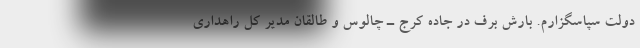
دولت سپاسگزارم. بارش برف در جاده کرج ـ چالوس و طالقان‌ مدیر کل راهداری